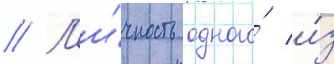
// Л'и́чность одного́ и́з